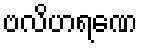
ဗလိဟရဏေ